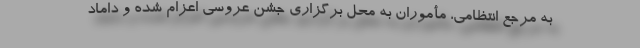
به مرجع انتظامی، مأموران به محل برگزاری جشن عروسی اعزام شده و داماد